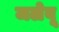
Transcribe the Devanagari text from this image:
जलेबू